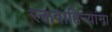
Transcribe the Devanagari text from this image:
रक्तवाहिन्यांना